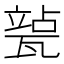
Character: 𱰍